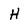
Character: H